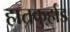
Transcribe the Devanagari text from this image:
हातकु्र्हाड